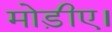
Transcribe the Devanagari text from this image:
मोड़ीए।